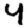
Digit: 4